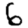
Digit: 6